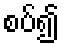
စပ်၍